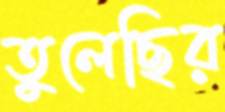
তুলেছির